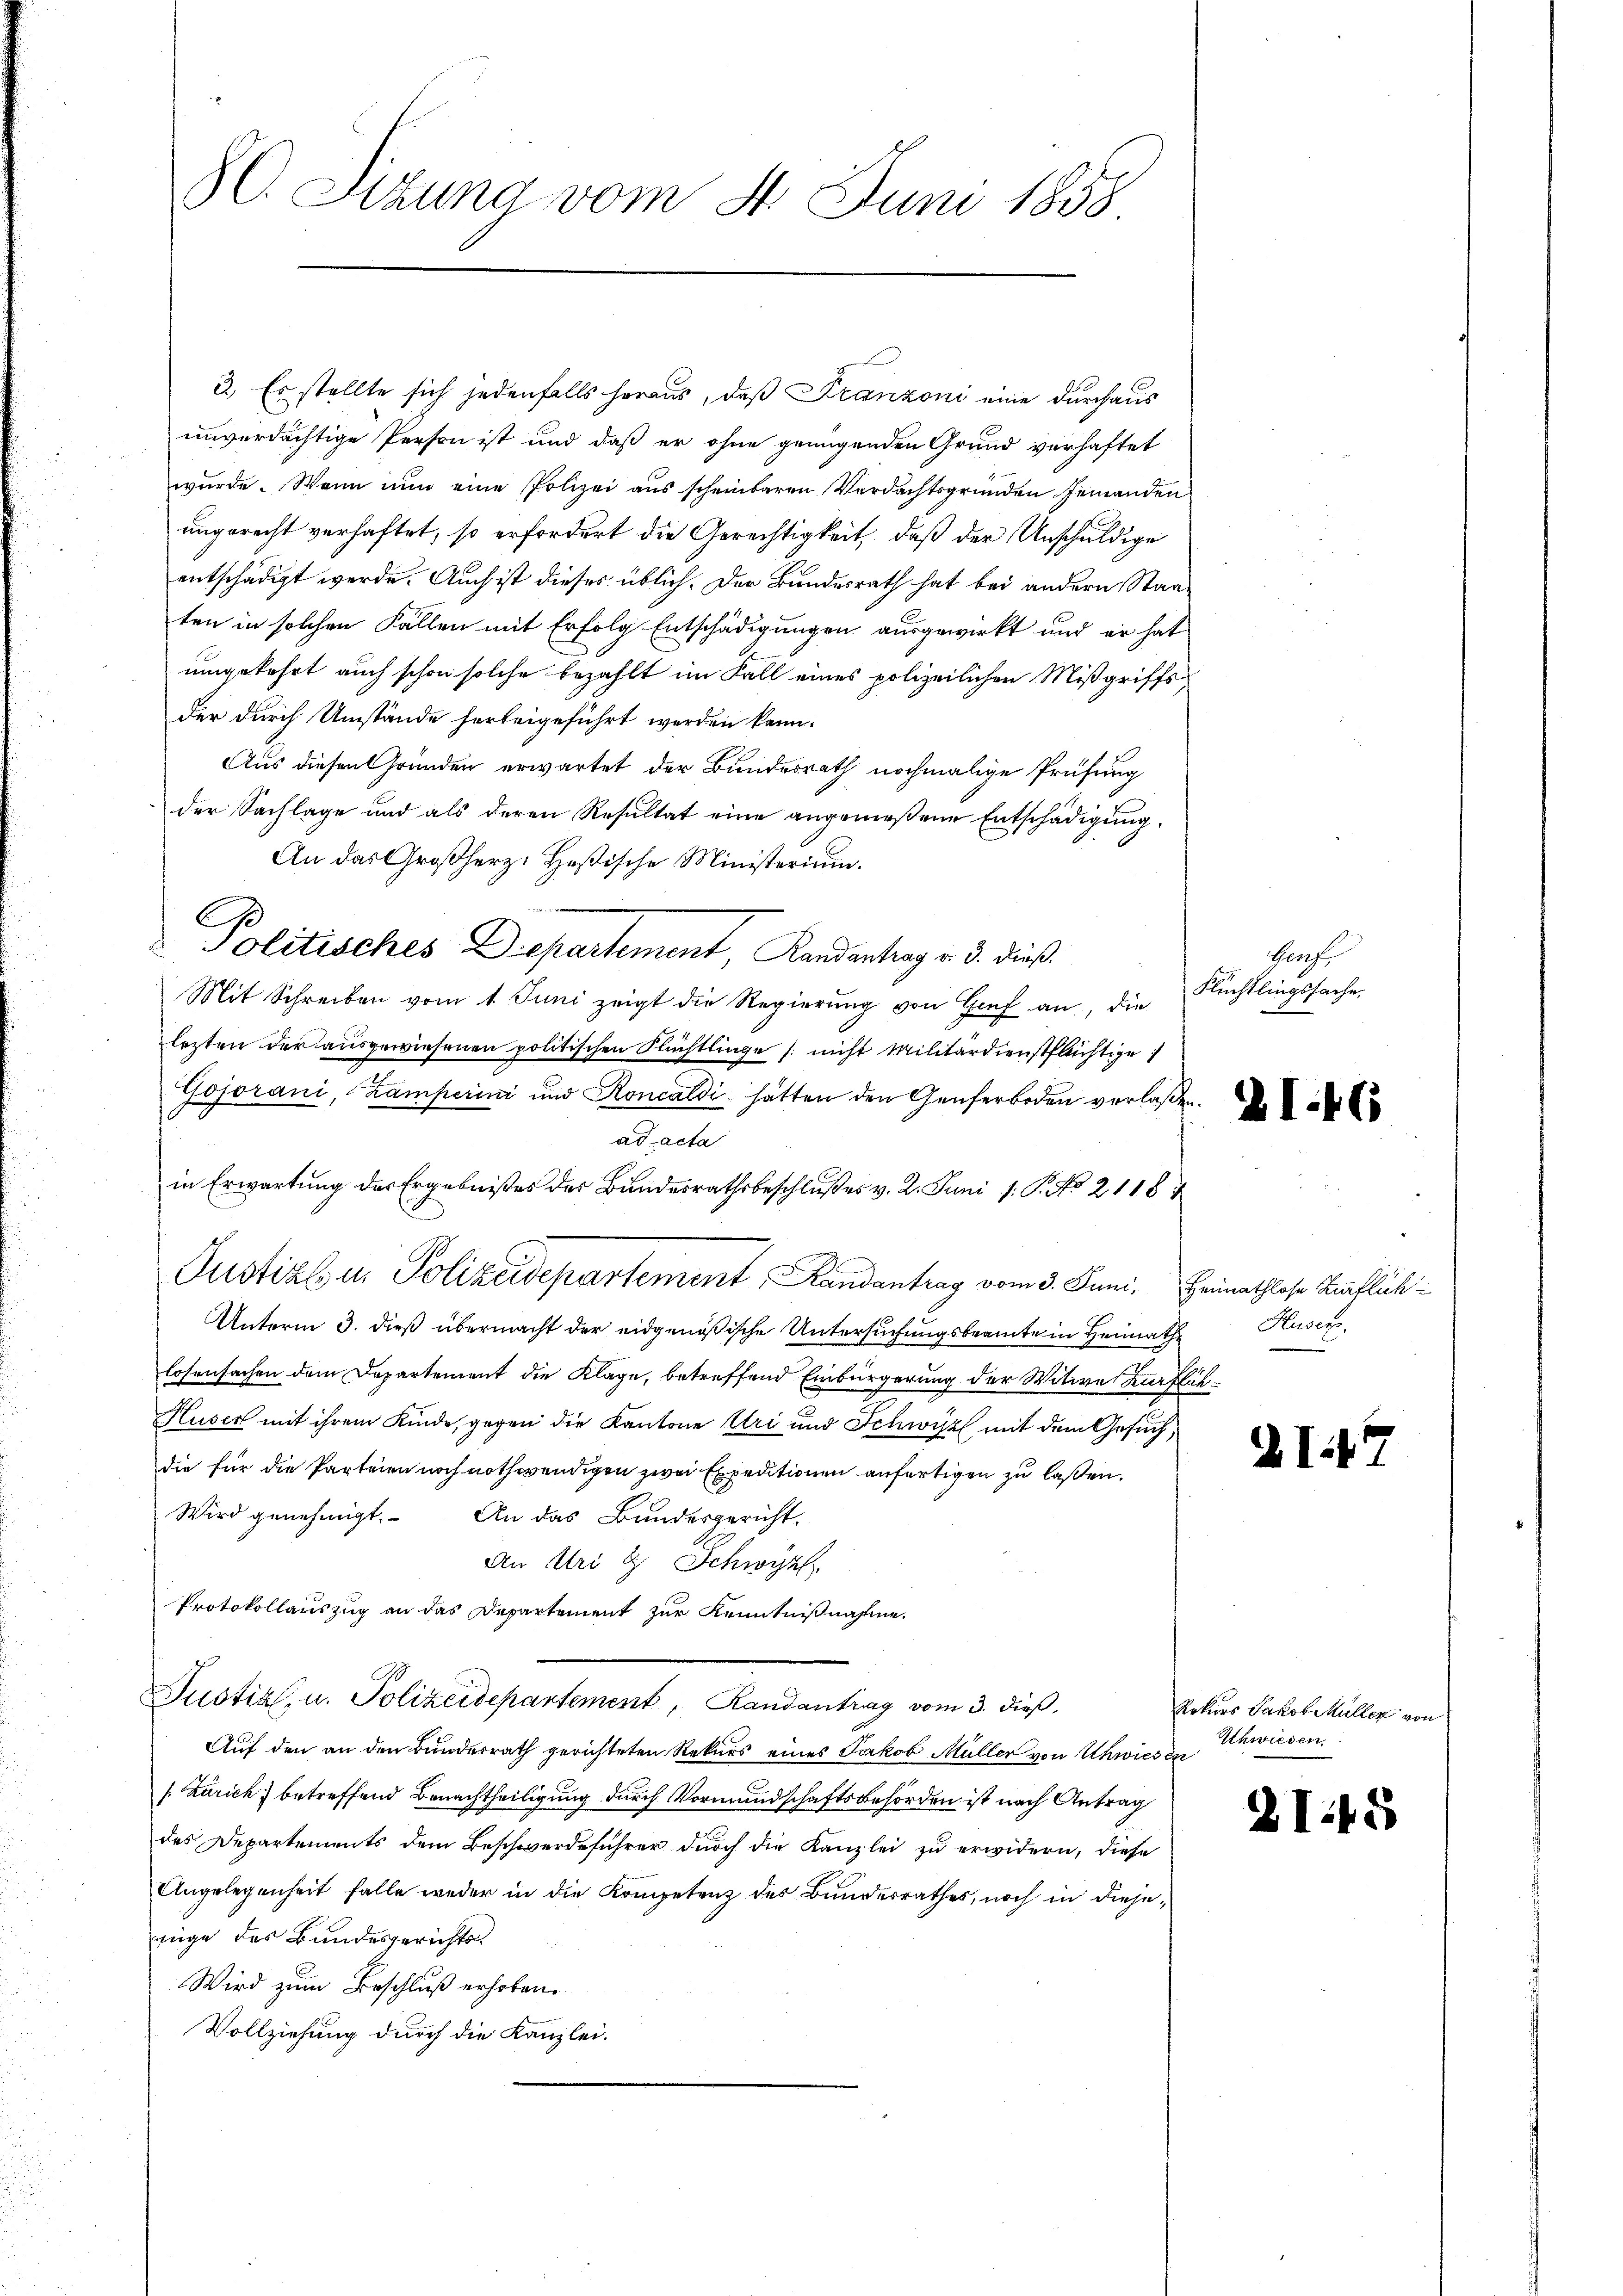
80. Sizung vom 4. Juni 1858

3.) Es stellte sich jedenfalls heraus, daß Franzoni eine durchaus
unverdächtige Person ist und daß er ohne genügenden Grund verhaftet
wurde. Wann nun eine Polizei aus scheinbaren Verdachtsgründen jemanden
ungerecht verhaftet, so erfordert die Gerechtigkeit, daß der Anschuldige
entschädigt werde. Auch ist dieses üblich. Der Bundesrath hat bei andern Staaten in solchen Fallen mit Erfolg Entschädigungen ausgewirkt und er hat
umgekehrt auch schon solche bezahlt im Fall eines polizeilichen Mißgriffsder durch Umstände herbeigeführt werden kann.
Aus diesen Gründen erwartet der Bundesrath nochmalige Prüfung
der Sachlage und als deren Resultat eine angemeßene Entschädigung
An das Großherz: Heßische Ministerium.
Politisches Departement, Landantrag v. 3. dieß.
Mit Schreiben vom 1. Juni zeigt die Regierŭng von Graf an, die Flüchtlingssache
lezten der ausgewiesenen politischen Flüchtlinge / nicht Militärdienstflächtige
Gojorani, Lamperini und Roncaldi hatten den Generboden verlaßen.
ad acta
Justiz u. Polizeidepartement, Landantrag vom 3. Juni, Heimathlohr Zuflück¬
Unterm 3. dieß übermacht der eidgenößische Untersuchungsbeamte in Heimathe Kuscr
losensachen dem Departement die Kläge, betreffend Einbürgerung der Witwe Zurflich¬
Huser mit ihrem Kinde, gegen die Kantone Uri und Schwyz mit dem Gesuch,
die für die Parteien noch nothwendigen zwei Expeditionen anfertigen zu lassen.
Wird genehmigt. An das Bundesgericht,
An Uri u. Schwyz
Protokollauszug an das Departement zur Kenntnißnahme
Justiz, u. Polizeidepartement, Randantrag vom 3. dieß,
Auf den an den Bundesrath gerichteten Rekurs eines Jakob Müller von Uhwiesen
/. Zürich) betreffend Benachtheiligung durch Vormundschaftsbehörden ist nach Antrag
des Departements dem Beschwerdeführer durch die Kanzlei zu erwidern, diese
Angelegenheit falle weder in die Kompetenz des Bunderrathes, noch in diejenige des Bundesgerichts-
Wird zum Beschluß erhoben.
Vollziehung durch die Kanzlei.

in Erwartung des Ergebnißes der Bundesrathsbeschlußes v. 2. Juni 1. P. No 21184

Pos

AI.7

Rekurs Jakob Müller von
Schwieden.

21.45